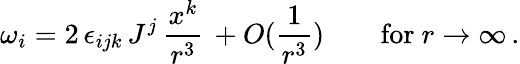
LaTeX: \omega_{i}=2\, \epsilon_{ijk}\, J^{j}\, \frac{x^{k}}{r^{3}}\, +O(\frac{1}{r^{3}})\quad\quad\mathrm{for~}r\to\infty\, .